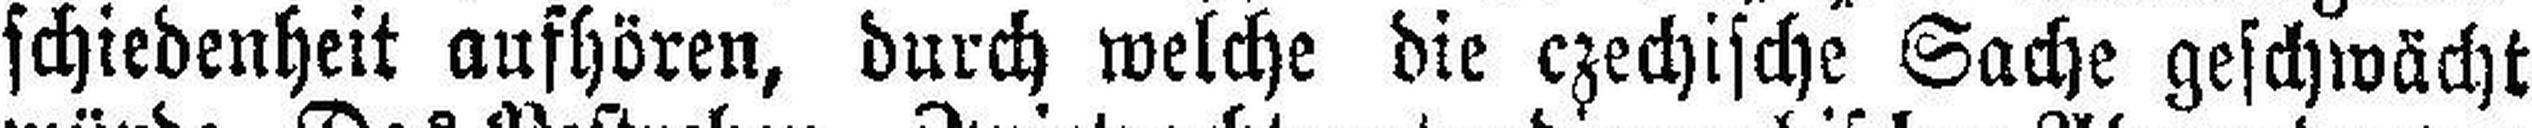
schiedenheit aufhören, durch welche die czechische Sache geschwächt